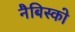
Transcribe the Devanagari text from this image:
नैबिस्को